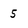
Character: 5